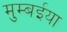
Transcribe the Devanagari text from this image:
मुम्बईया